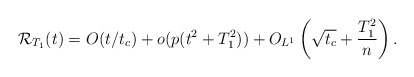
\begin{align*}{\cal R}_{T_1}(t)= O(t/t_c)+o(p(t^2+T_1^2))+O_{L^1}\left( \sqrt{t_c} + \frac{T_1^2}{n}\right).\end{align*}